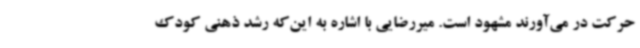
حرکت در می‌آورند مشهود است. میررضایی با اشاره به این‌که رشد ذهنی کودک